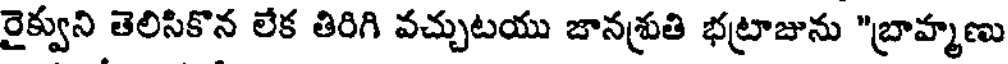
రైక్వుని తెలిసికొన లేక తిరిగి వచ్చుటయు జానశ్రుతి భట్రాజును "బ్రాహ్మణు